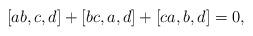
LaTeX: \begin{align*} [ab, c, d]+[bc, a, d]+[ca, b, d]=0,\end{align*}